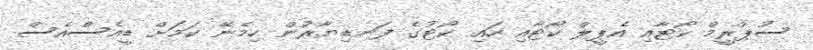
ސުޕްރީމް ކޯޓާއި އެޕީލް ކޯޓާއި ހައި ކޯޓުގެ ފަނޑިޔާރުން ހިމެނޭ ކަމަށް ޑީއެސްއެސް